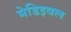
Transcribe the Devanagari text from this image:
मेडिइवल